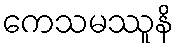
ကေသမဿူနိ